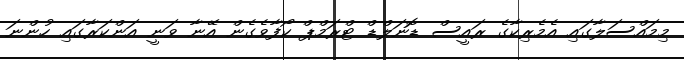
މިމައްސަލާގައި އެމެރިކާގެ ރައީސް ޑޮނަލްޑް ޓްރަމްޕް ކޯފާވެގެން އޭނާ ވަނީ އަންކަރާގައި ހުންނަ